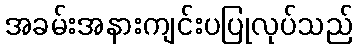
အခမ်းအနားကျင်းပပြုလုပ်သည်